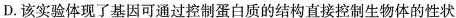
D.该实验体现了基因可通过控制蛋白质的结构直接控制生物体的性状